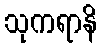
သုကရာနိ